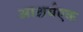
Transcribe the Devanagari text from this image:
आश्चर्यएक